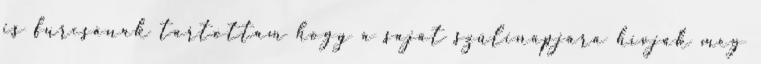
is furcsának tartottam hogy a saját szülinapjára hívják meg